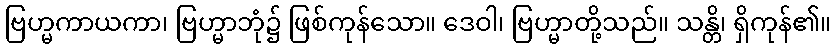
ဗြဟ္မကာယကာ၊ ဗြဟ္မာဘုံ၌ ဖြစ်ကုန်သော။ ဒေဝါ၊ ဗြဟ္မာတို့သည်။ သန္တိ၊ ရှိကုန်၏။